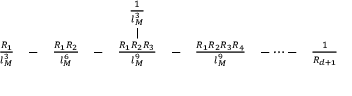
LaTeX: \begin{array} { c c c c c c c c c } { { } } & { { } } & { { } } & { { } } & { { \frac { 1 } { l _ { M } ^ { 3 } } } } & { { } } & { { } } & { { } } & { { } } \\ { { } } & { { } } & { { } } & { { } } & { { \mid } } & { { } } & { { } } & { { } } & { { } } \\ { { \frac { R _ { 1 } } { l _ { M } ^ { 3 } } } } & { { - } } & { { \frac { R _ { 1 } R _ { 2 } } { l _ { M } ^ { 6 } } } } & { { - } } & { { \frac { R _ { 1 } R _ { 2 } R _ { 3 } } { l _ { M } ^ { 9 } } } } & { { - } } & { { \frac { R _ { 1 } R _ { 2 } R _ { 3 } R _ { 4 } } { l _ { M } ^ { 9 } } } } & { { - \dots - } } & { { \frac { 1 } { R _ { d + 1 } } } } \end{array}